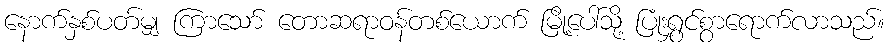
နောက်နှစ်ပတ်မျှ ကြာသော် တောဆရာဝန်တစ်ယောက် မြို့ပေါ်သို့ ပြုံးရွှင်စွာရောက်လာသည်။